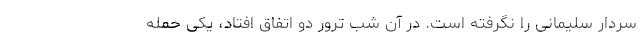
سردار سلیمانی را نگرفته است. در آن شب ترور دو اتفاق افتاد، یکی حمله